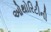
ઓથોરિટીની